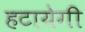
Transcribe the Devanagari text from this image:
हटायेगी